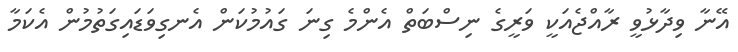
އޭނާ ވިދާޅުވީ ރާއްޖެއަކީ ވަރީގެ ނިސްބަތް އެންމެ ގިނަ ގައުމުކަން އެނގިވަޑައިގަތުމުން އެކަމާ